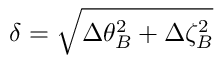
\delta = \sqrt { \Delta \theta _ { B } ^ { 2 } + \Delta \zeta _ { B } ^ { 2 } }